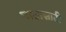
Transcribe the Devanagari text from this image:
पाठासाठी